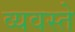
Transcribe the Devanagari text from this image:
व्यवस्ते